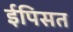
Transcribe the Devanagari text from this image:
ईपिसत